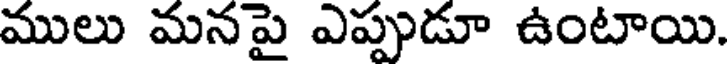
ములు మనపై ఎప్పుడూ ఉంటాయి.